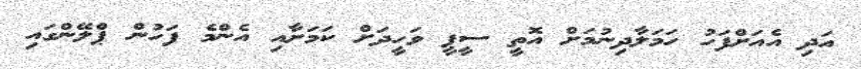
އަދި އެއަށްފަހު ހަމަލާދިނުމަށް އޮތީ ސީޕީ ވަހީދަށް ކަމަށާއި އެންމެ ފަހުން ޕްލޭންގައި